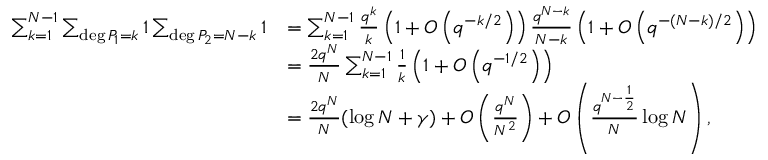
\begin{array} { r l } { \sum _ { k = 1 } ^ { N - 1 } \sum _ { \deg P _ { 1 } = k } 1 \sum _ { \deg P _ { 2 } = N - k } 1 } & { = \sum _ { k = 1 } ^ { N - 1 } \frac { q ^ { k } } { k } \left( 1 + O \left( q ^ { - k / 2 } \right) \right) \frac { q ^ { N - k } } { N - k } \left( 1 + O \left( q ^ { - ( N - k ) / 2 } \right) \right) } \\ & { = \frac { 2 q ^ { N } } { N } \sum _ { k = 1 } ^ { N - 1 } \frac { 1 } { k } \left( 1 + O \left( q ^ { - 1 / 2 } \right) \right) } \\ & { = \frac { 2 q ^ { N } } { N } ( \log N + \gamma ) + O \left( \frac { q ^ { N } } { N ^ { 2 } } \right) + O \left( \frac { q ^ { N - \frac { 1 } { 2 } } } { N } \log N \right) , } \end{array}